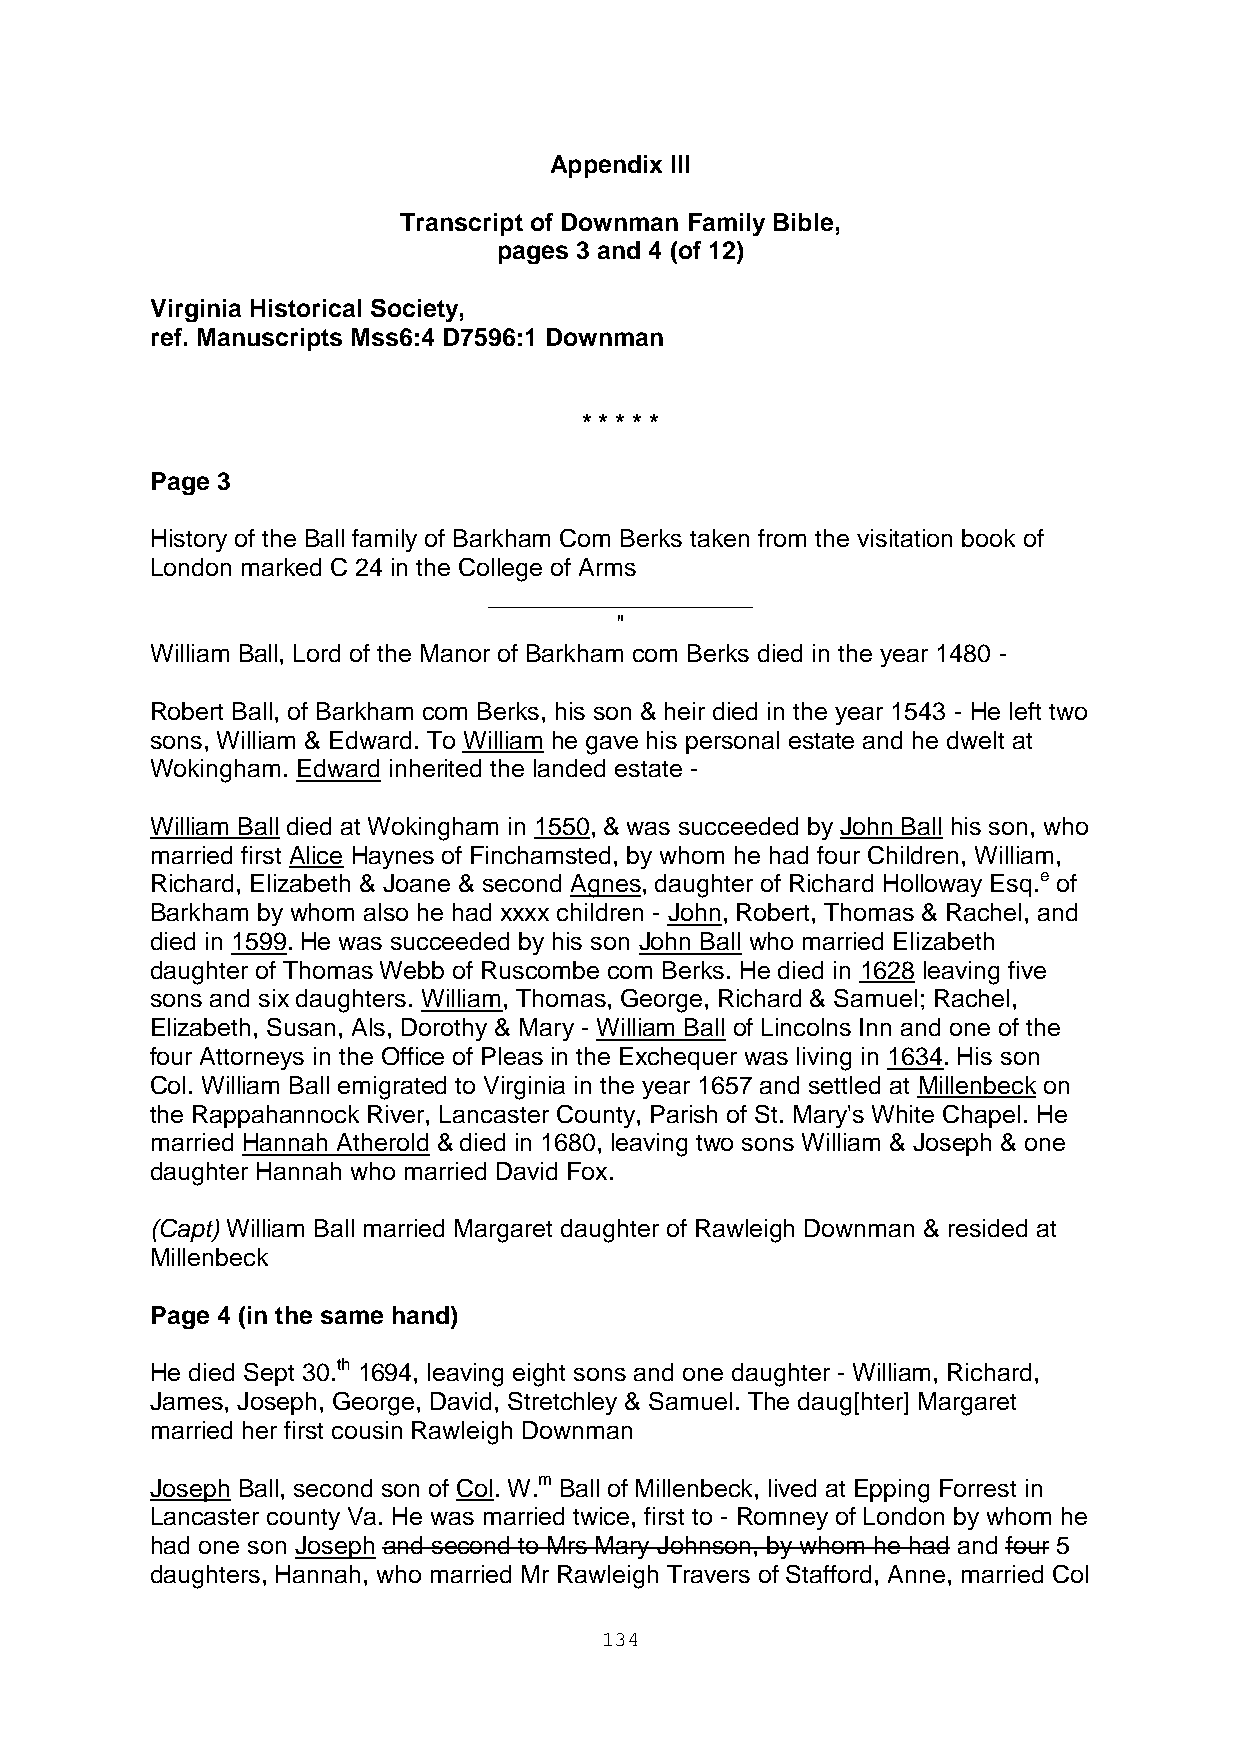
Appendix III
 Transcript of Downman Family Bible,
 pages 3 and 4 (of 12)
 Virginia Historical Society,
 ref. Manuscripts Mss6:4 D7596:1 Downman
 * * * * *
 Page 3
 History of the Ball family of Barkham Com Berks taken from the visitation book of
 London marked C 24 in the College of Arms
 ___________________
 "
 William Ball, Lord of the Manor of Barkham com Berks died in the year 1480 -
 Robert Ball, of Barkham com Berks, his son & heir died in the year 1543 - He left two
 sons, William & Edward. To William he gave his personal estate and he dwelt at
 Wokingham. Edward inherited the landed estate -
 William Ball died at Wokingham in 1550, & was succeeded by John Ball his son, who
 married first Alice Haynes of Finchamsted, by whom he had four Children, William,
 Richard, Elizabeth & Joane & second Agnes, daughter of Richard Holloway Esq.e of
 Barkham by whom also he had xxxx children - John, Robert, Thomas & Rachel, and
 died in 1599. He was succeeded by his son John Ball who married Elizabeth
 daughter of Thomas Webb of Ruscombe com Berks. He died in 1628 leaving five
 sons and six daughters. William, Thomas, George, Richard & Samuel; Rachel,
 Elizabeth, Susan, Als, Dorothy & Mary - William Ball of Lincolns Inn and one of the
 four Attorneys in the Office of Pleas in the Exchequer was living in 1634. His son
 Col. William Ball emigrated to Virginia in the year 1657 and settled at Millenbeck on
 the Rappahannock River, Lancaster County, Parish of St. Mary's White Chapel. He
 married Hannah Atherold & died in 1680, leaving two sons William & Joseph & one
 daughter Hannah who married David Fox.
 (Capt) William Ball married Margaret daughter of Rawleigh Downman & resided at
 Millenbeck
 Page 4 (in the same hand)
 He died Sept 30.th 1694, leaving eight sons and one daughter - William, Richard,
 James, Joseph, George, David, Stretchley & Samuel. The daug[hter] Margaret
 married her first cousin Rawleigh Downman
 Joseph Ball, second son of Col. W.m Ball of Millenbeck, lived at Epping Forrest in
 Lancaster county Va. He was married twice, first to - Romney of London by whom he
 had one son Joseph and second to Mrs Mary Johnson, by whom he had and four 5
 daughters, Hannah, who married Mr Rawleigh Travers of Stafford, Anne, married Col
 134